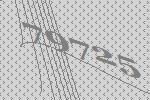
79725